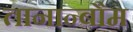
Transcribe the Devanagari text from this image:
तानान्बौम